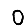
Digit: 0